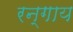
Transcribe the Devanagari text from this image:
रन्गाय